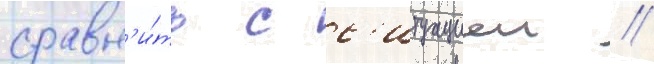
сравн'и́ть с с'итуациеи /